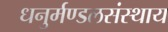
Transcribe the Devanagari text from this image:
धनुर्मण्डलसंस्थाय